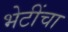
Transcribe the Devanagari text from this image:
भेटींचा